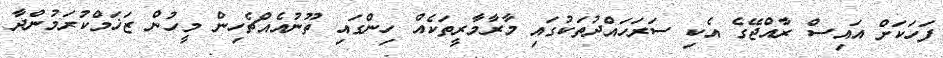
ފަހަކަށް އައިސް ރާއްޖޭގެ އެކި ސަރަހައްދުތަކުގައި މާރާމާރީތަކެއް ހިންގައި ތޫނުއެއްޗެހިން މީހުން ޒަޚަމްކުރަމުންދާ